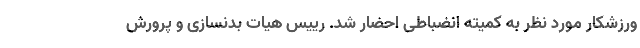
ورزشکار مورد نظر به کمیته انضباطی احضار شد. رییس هیات بدنسازی و پرورش